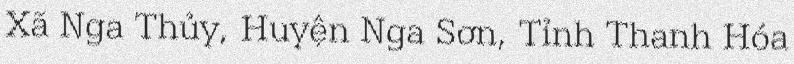
Xã Nga Thủy, Huyện Nga Sơn, Tỉnh Thanh Hóa